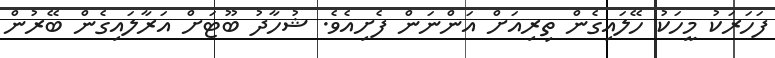
ފަހަރަކު މީހަކު ހޭލައިގެން ތިރިއަށް އަންނަން ފެށިއެވެ. ޝުހާދު ބޫޓަށް އަރާލައިގެން ބޭރުން